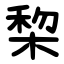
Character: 棃